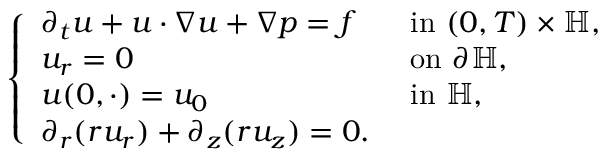
\begin{array} { r } { \left\{ \begin{array} { l l } { \partial _ { t } u + u \cdot \nabla u + \nabla p = f } & { \mathrm { ~ i n ~ } ( 0 , T ) \times \mathbb { H } , } \\ { u _ { r } = 0 } & { \mathrm { ~ o n ~ } \partial \mathbb { H } , } \\ { u ( 0 , \cdot ) = u _ { 0 } } & { \mathrm { ~ i n ~ } \mathbb { H } , } \\ { \partial _ { r } ( r u _ { r } ) + \partial _ { z } ( r u _ { z } ) = 0 . } \end{array} \right. } \end{array}